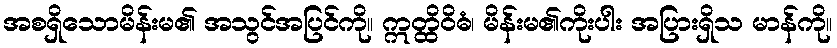
အစရှိသောမိန်းမ၏ အသွင်အပြင်ကို။ ဣတ္ထိဝိဓံ၊ မိန်းမ၏ကိုးပါး အပြားရှိသ မာန်ကို။